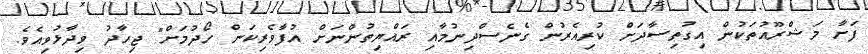
ފަށާ މަޝްރޫއުތަކުން އިގުތިސާދަށް ކުރިއެރުން ގެނެސްދިނުމާއި ރައްޔިތުންނަށް އުފާވެރިކަން ހޯދުމަށް" ޖިހާދު ވިދާޅުވިއެވެ.